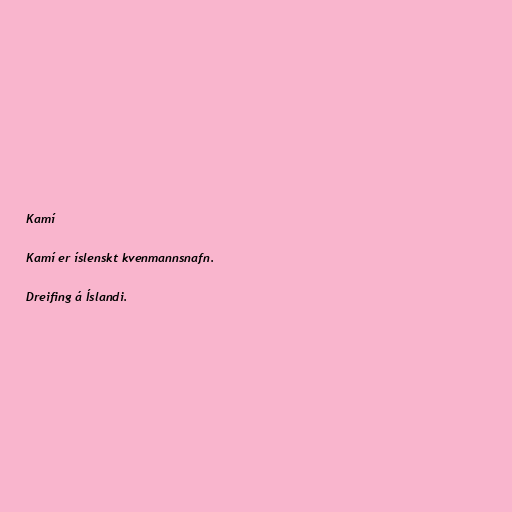
Kamí

Kamí er íslenskt kvenmannsnafn.

Dreifing á Íslandi.